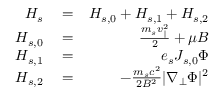
\begin{array} { r l r } { H _ { s } } & { { } = } & { H _ { s , 0 } + H _ { s , 1 } + H _ { s , 2 } } \\ { H _ { s , 0 } } & { { } = } & { \frac { m _ { s } v _ { \parallel } ^ { 2 } } { 2 } + \mu B } \\ { H _ { s , 1 } } & { { } = } & { e _ { s } J _ { s , 0 } \Phi } \\ { H _ { s , 2 } } & { { } = } & { - \frac { m _ { s } c ^ { 2 } } { 2 B ^ { 2 } } | \nabla _ { \perp } \Phi | ^ { 2 } } \end{array}